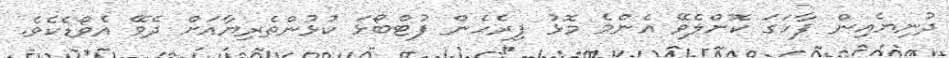
ދުނިޔެއިން ފާހަގަ ކޮށްލެވޭ އެންމެ މޮޅު ފިރެހެން ފުޓްބޯޅަ ކުޅުންތެރިޔާއަށް ދެވޭ އެވޯޑެކެވެ.